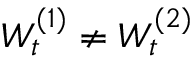
W _ { t } ^ { ( 1 ) } \neq W _ { t } ^ { ( 2 ) }